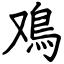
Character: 鳮